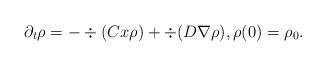
LaTeX: \begin{align*} \partial_t\rho=-\div(Cx\rho)+\div(D\nabla\rho),\rho(0)=\rho_0.\end{align*}